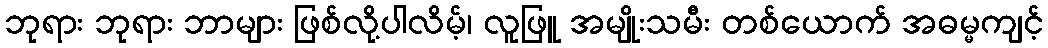
ဘုရား ဘုရား ဘာများ ဖြစ်လို့ပါလိမ့်၊ လူဖြူ အမျိုးသမီး တစ်ယောက် အဓမ္မကျင့်